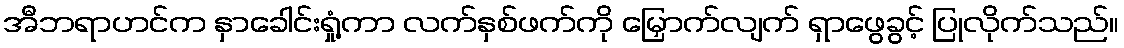
အီဘရာဟင်က နှာခေါင်းရှုံ့ကာ လက်နှစ်ဖက်ကို မြှောက်လျက် ရှာဖွေခွင့် ပြုလိုက်သည်။